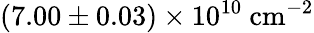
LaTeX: (7.00\pm 0.03)\times 10^{10}~\textrm{cm}^{-2}